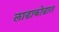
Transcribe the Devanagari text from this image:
लाडाकोडात